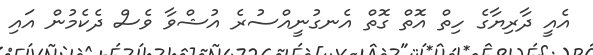
އެއީ ދާރިޔާގެ ހިތް އޮތް ގޮތް އެނގުނީއްސުރެ އުޝްވާ ވެސް ދެކެމުން އައި